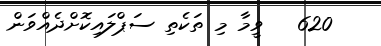
620   ވީމާ މި ތަކެތި ސަޕްލައިކޮށްދެއްވަން